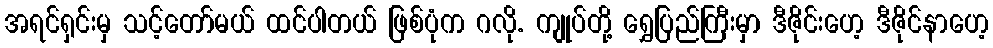
အရင်ရှင်းမှ သင့်တော်မယ် ထင်ပါတယ် ဖြစ်ပုံက ဂလို. ကျုပ်တို့ ရွှေပြည်ကြီးမှာ ဒီဇိုင်းဟေ့ ဒီဇိုင်နာဟေ့